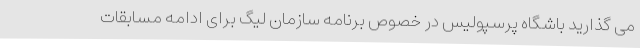
می گذارید باشگاه پرسپولیس در خصوص برنامه سازمان لیگ برای ادامه مسابقات